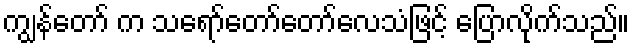
ကျွန်တော် က သရော်တော်တော်လေသံဖြင့် ပြောလိုက်သည်။